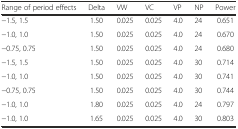
<table><thead><tr><td><b>Range of period effects</b></td><td><b>Delta</b></td><td><b>VW</b></td><td><b>VC</b></td><td><b>VP</b></td><td><b>NP</b></td><td><b>Power</b></td></tr></thead><tbody><tr><td>−1.5, 1.5</td><td>1.50</td><td>0.025</td><td>0.025</td><td>4.0</td><td>24</td><td>0.651</td></tr><tr><td>−1.0, 1.0</td><td>1.50</td><td>0.025</td><td>0.025</td><td>4.0</td><td>24</td><td>0.670</td></tr><tr><td>−0.75, 0.75</td><td>1.50</td><td>0.025</td><td>0.025</td><td>4.0</td><td>24</td><td>0.680</td></tr><tr><td>−1.5, 1.5</td><td>1.50</td><td>0.025</td><td>0.025</td><td>4.0</td><td>30</td><td>0.714</td></tr><tr><td>−1.0, 1.0</td><td>1.50</td><td>0.025</td><td>0.025</td><td>4.0</td><td>30</td><td>0.741</td></tr><tr><td>−0.75, 0.75</td><td>1.50</td><td>0.025</td><td>0.025</td><td>4.0</td><td>30</td><td>0.744</td></tr><tr><td>−1.0, 1.0</td><td>1.80</td><td>0.025</td><td>0.025</td><td>4.0</td><td>24</td><td>0.797</td></tr><tr><td>−1.0, 1.0</td><td>1.65</td><td>0.025</td><td>0.025</td><td>4.0</td><td>30</td><td>0.803</td></tr></tbody></table>